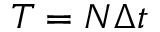
T = N \Delta t